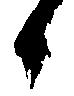
候